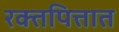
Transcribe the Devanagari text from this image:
रक्तपित्तात